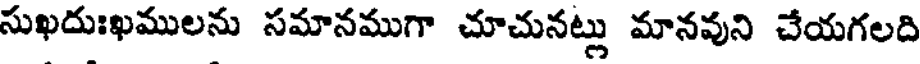
సుఖదుఃఖములను సమానముగా చూచునట్లు మానవుని చేయగలది